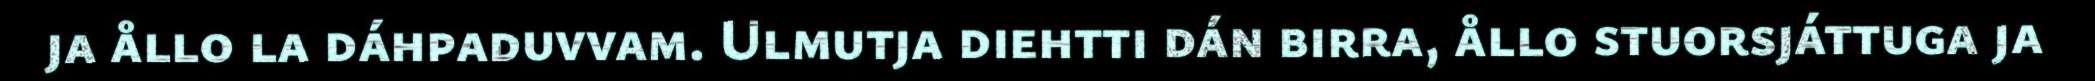
ja ållo la dáhpaduvvam. Ulmutja diehtti dán birra, ållo stuorsjáttuga ja